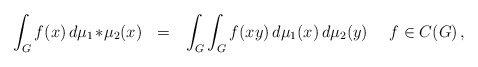
\begin{align*} \int_G f(x)\,d\mu_1\!\ast\!\mu_2(x) \ \ = \ \ \int_G \int_G f(x y)\,d\mu_1(x)\,d\mu_2(y) \ \ \ \ f\in C(G)\,,\end{align*}